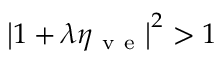
\left| 1 + \lambda \eta _ { \mathrm { ~ v ~ e ~ } } \right| ^ { 2 } > 1